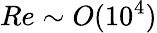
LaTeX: Re\sim O(10^{4})